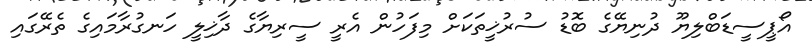
އޯޕީސީޑަބްލިޔޫ ދުނިޔޭގެ ބޮޑު ސުރުޚީތަކަށް މިފަހުން އެރީ ސީރިޔާގެ ދާޚިލީ ހަނގުރާމައިގެ ތެރޭގައި